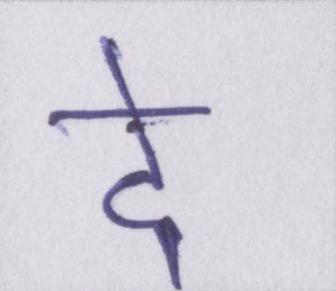
दे